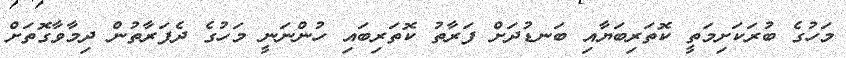
މަހުގެ ބުރަކަށިމަތީ ކޮތަރިބަޔާއި ބަނޑުދަށް ފަރާތު ކޮތަރިބައި ހުންނަނީ މަހުގެ ދެފަރާތުން ދިމާވާގޮތަށް